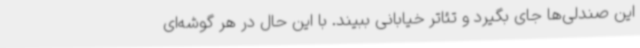
این صندلی‌ها جای بگیرد و تئاتر خیابانی ببیند. با این حال در هر گوشه‌ای